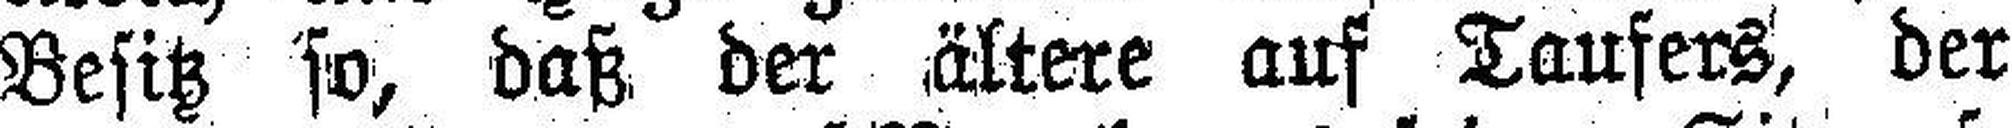
Besitz so, daß der ältere auf Taufers, der